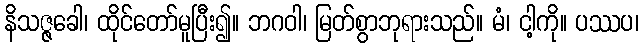
နိသဇ္ဇခေါ၊ ထိုင်တော်မူပြီး၍။ ဘဂဝါ၊ မြတ်စွာဘုရားသည်။ မံ၊ ငါ့ကို။ ပဿပ၊